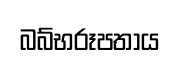
බබ්භරූපතාය